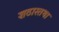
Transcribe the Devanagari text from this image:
शठास्तथा